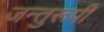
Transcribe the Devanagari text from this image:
जन्तुरूपी